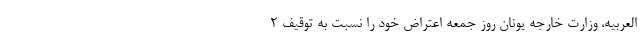
العربیه، وزارت خارجه یونان روز جمعه اعتراض خود را نسبت به توقیف ۲